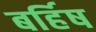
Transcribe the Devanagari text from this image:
बर्हिष